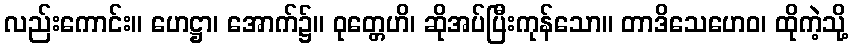
လည်းကောင်း။ ဟေဋ္ဌာ၊ အောက်၌။ ဝုတ္တေဟိ၊ ဆိုအပ်ပြီးကုန်သော။ တာဒိသေဟေဝ၊ ထိုကဲ့သို့